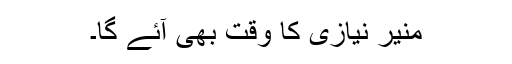
منیر نیازی کا وقت بھی آئے گا۔